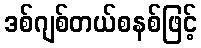
ဒစ်ဂျစ်တယ်စနစ်ဖြင့်